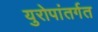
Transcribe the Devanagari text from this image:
युरोपांतर्गत